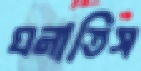
ঘনাতিস